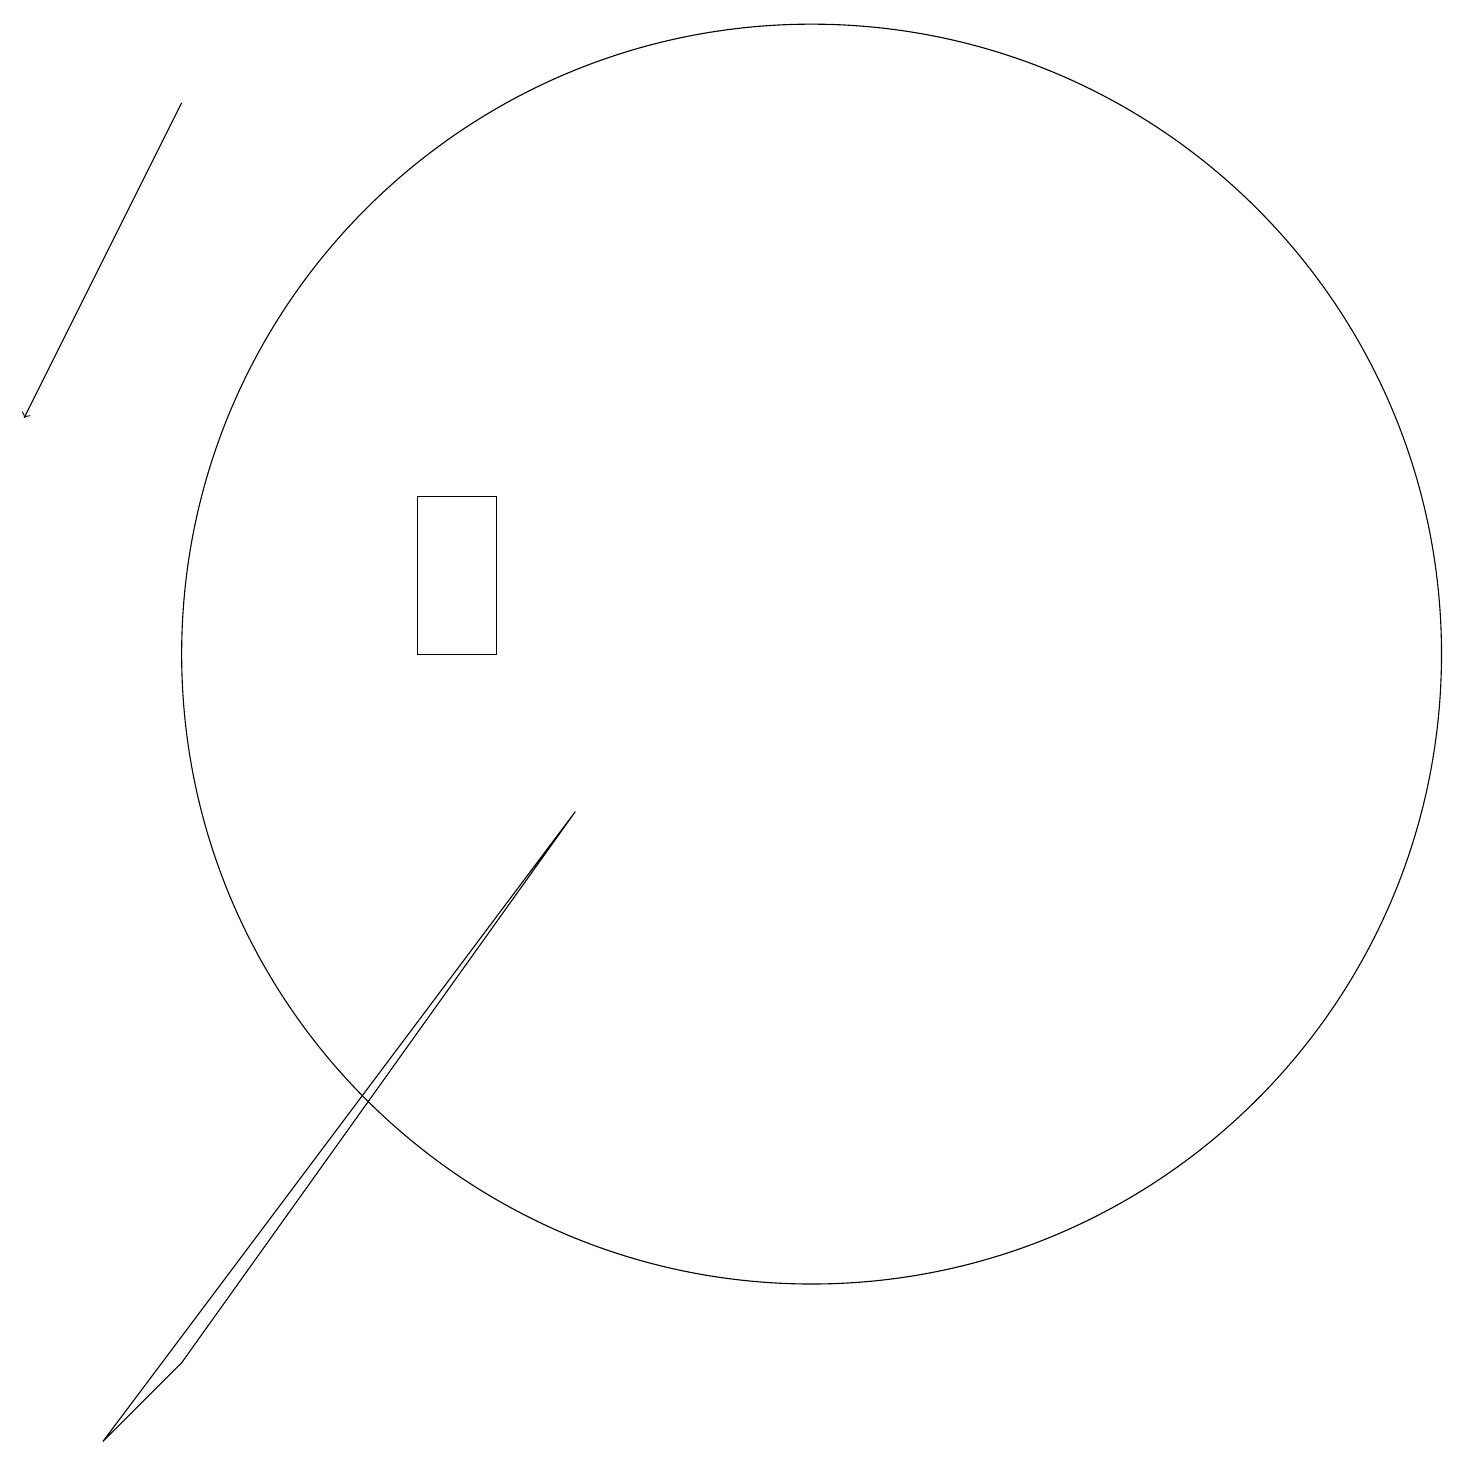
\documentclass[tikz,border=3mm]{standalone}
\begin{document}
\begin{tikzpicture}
\draw (12,10) circle (8);
\draw (7,12) rectangle (8,10);
\draw[->] (4,17) -- (2,13);
\draw (3,0) -- (9,8) -- (4,1) -- cycle;
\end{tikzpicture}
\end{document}